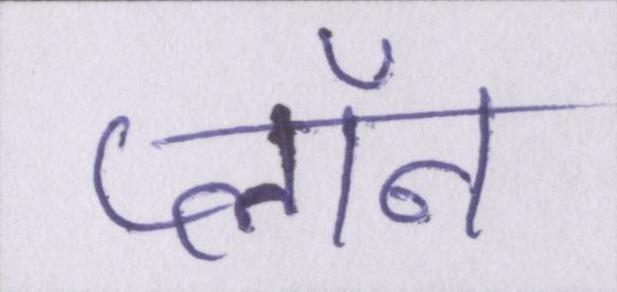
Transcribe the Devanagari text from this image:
प्लॉन